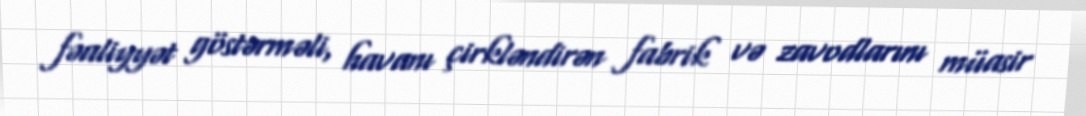
fəaliyyət göstərməli, havanı çirkləndirən fabrik və zavodlarını müasir